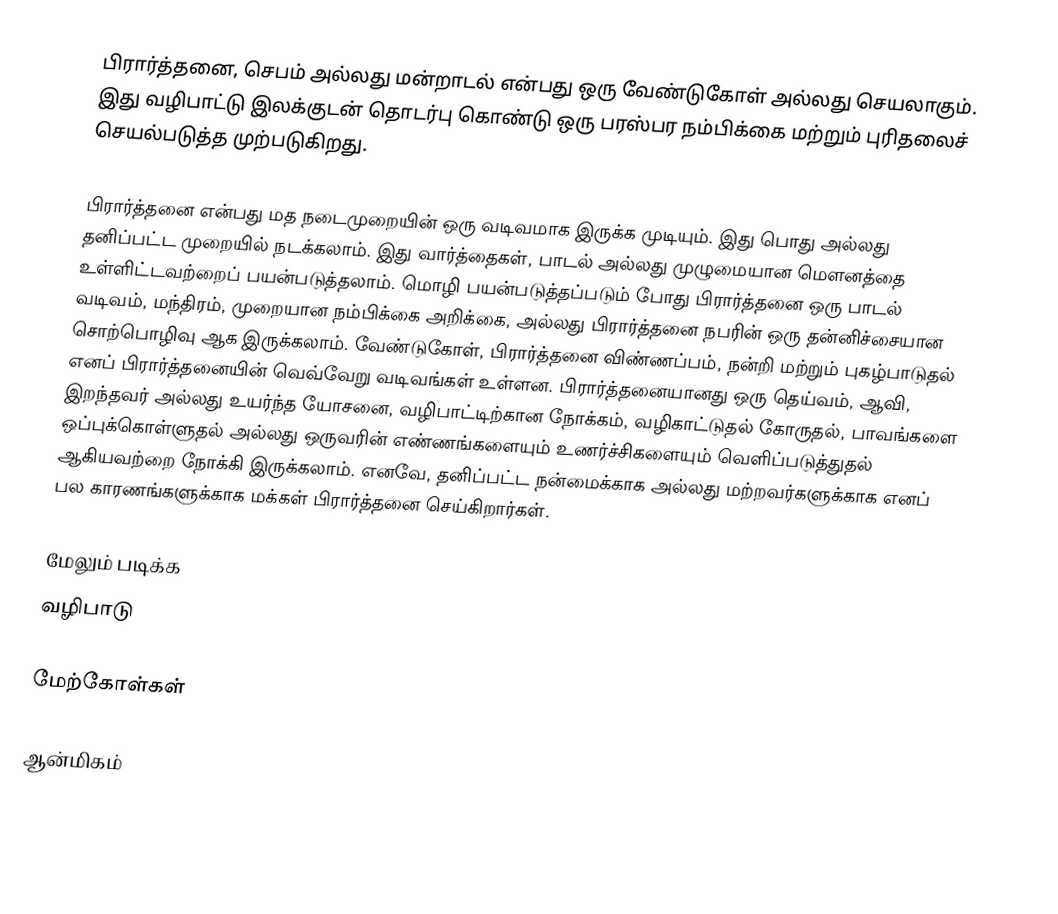
பிரார்த்தனை, செபம் அல்லது மன்றாடல் என்பது ஒரு வேண்டுகோள் அல்லது செயலாகும். இது வழிபாட்டு இலக்குடன் தொடர்பு கொண்டு ஒரு பரஸ்பர நம்பிக்கை மற்றும் புரிதலைச் செயல்படுத்த முற்படுகிறது.

பிரார்த்தனை என்பது மத நடைமுறையின் ஒரு வடிவமாக இருக்க முடியும். இது பொது அல்லது தனிப்பட்ட முறையில் நடக்கலாம். இது வார்த்தைகள், பாடல் அல்லது முழுமையான மௌனத்தை உள்ளிட்டவற்றைப் பயன்படுத்தலாம். மொழி பயன்படுத்தப்படும் போது பிரார்த்தனை ஒரு பாடல் வடிவம், மந்திரம், முறையான நம்பிக்கை அறிக்கை, அல்லது பிரார்த்தனை நபரின் ஒரு தன்னிச்சையான சொற்பொழிவு ஆக இருக்கலாம். வேண்டுகோள், பிரார்த்தனை விண்ணப்பம், நன்றி மற்றும் புகழ்பாடுதல் எனப் பிரார்த்தனையின் வெவ்வேறு வடிவங்கள் உள்ளன. பிரார்த்தனையானது ஒரு தெய்வம், ஆவி, இறந்தவர் அல்லது உயர்ந்த யோசனை, வழிபாட்டிற்கான நோக்கம், வழிகாட்டுதல் கோருதல், பாவங்களை ஒப்புக்கொள்ளுதல் அல்லது ஒருவரின் எண்ணங்களையும் உணர்ச்சிகளையும் வெளிப்படுத்துதல் ஆகியவற்றை நோக்கி இருக்கலாம். எனவே, தனிப்பட்ட நன்மைக்காக அல்லது மற்றவர்களுக்காக எனப் பல காரணங்களுக்காக மக்கள் பிரார்த்தனை செய்கிறார்கள்.

மேலும் படிக்க
வழிபாடு

மேற்கோள்கள்

ஆன்மிகம்